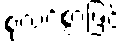
စုံလင်စွာဖြင့်